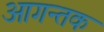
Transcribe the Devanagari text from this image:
आगन्तक